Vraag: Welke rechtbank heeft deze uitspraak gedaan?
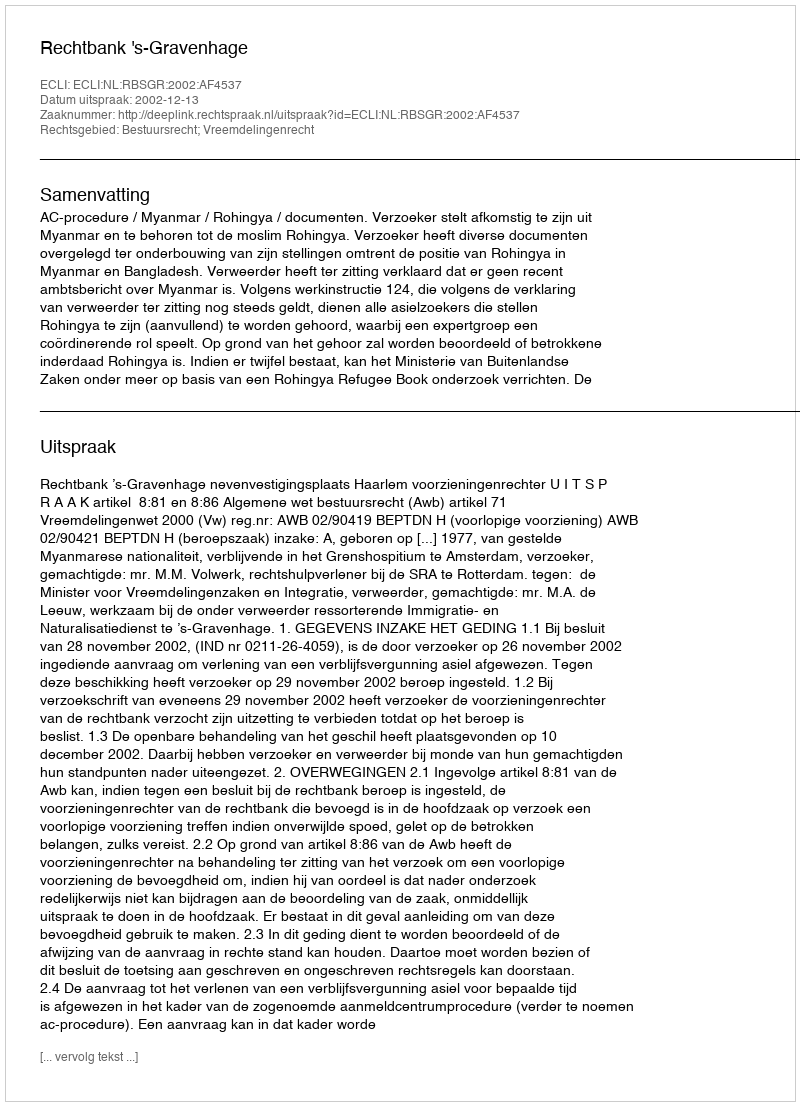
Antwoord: Rechtbank 's-Gravenhage